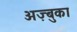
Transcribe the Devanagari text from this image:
अज़्बुका